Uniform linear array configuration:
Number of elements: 32
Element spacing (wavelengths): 0.25
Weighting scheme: hann
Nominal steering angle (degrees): -60
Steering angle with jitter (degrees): -61.344
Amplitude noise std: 0.05
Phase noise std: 0.05

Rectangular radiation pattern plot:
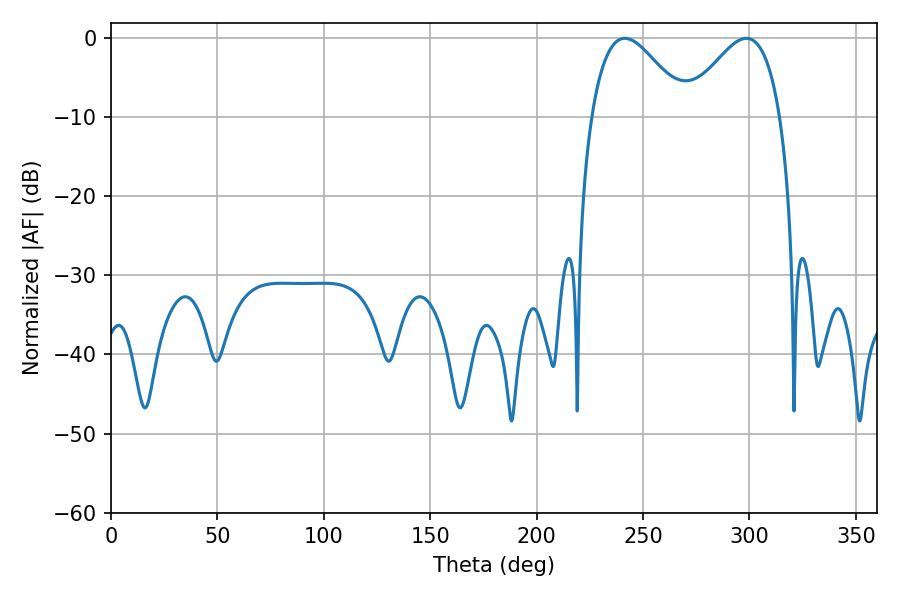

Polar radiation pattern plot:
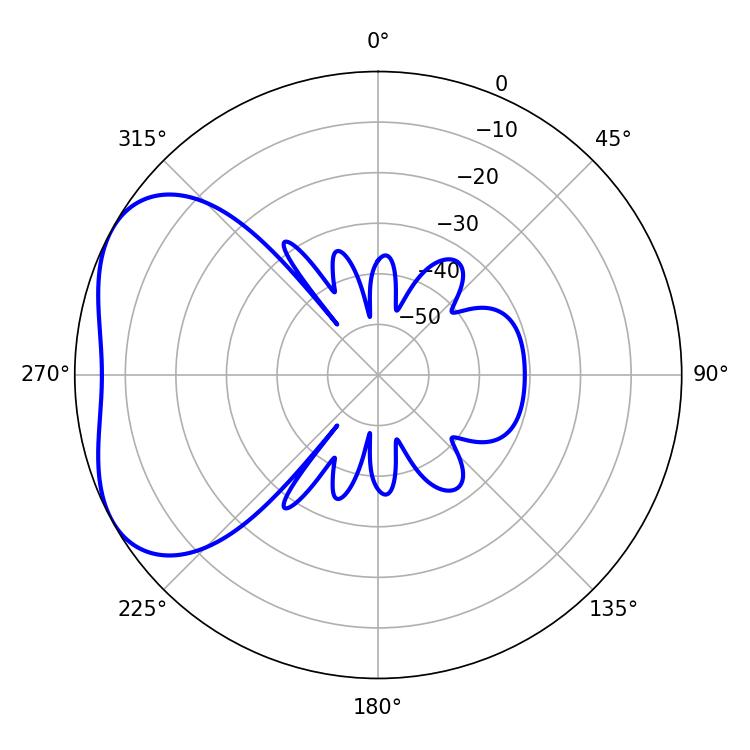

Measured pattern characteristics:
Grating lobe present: FALSE
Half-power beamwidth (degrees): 24.12
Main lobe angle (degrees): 298.62